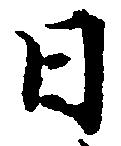
日